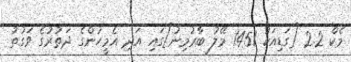
މެކް 2.2 [ގަޑިއަކު 1451 މޭލު ބާރުމިނު]ގައި އަދި އެމީހުންގެ ދަތުރުގެ ވަގުތު